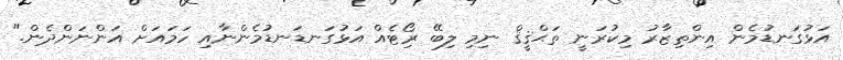
އަޅުގަނޑުމެން އިންތިޒާރު މިކުރަނީ ތަޙްޤީޤް ނިމި ލިބޭ ރިޯޓެއް އަޅުގަނޑަނޑުމެންނާއި ހަމައަށް އަންނަންދެން."